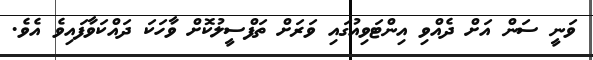
ވަނީ ސަން އަށް ދެއްވި އިންޓަވިއުގައި ވަރަށް ތަފްސީލުކޮށް ވާހަކަ ދައްކަވާފައިވެ އެވެ.